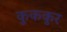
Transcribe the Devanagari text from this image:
कुककुर